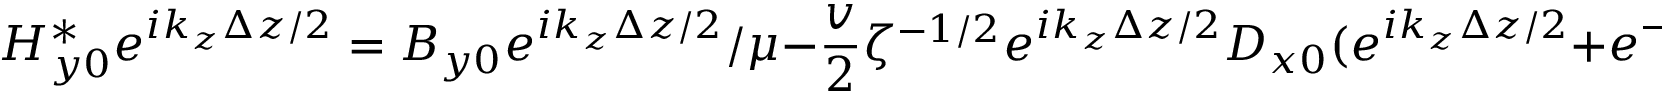
H _ { y 0 } ^ { * } e ^ { i k _ { z } \Delta z / 2 } = B _ { y 0 } e ^ { i k _ { z } \Delta z / 2 } / \mu - \frac { v } { 2 } \zeta ^ { - 1 / 2 } e ^ { i k _ { z } \Delta z / 2 } D _ { x 0 } ( e ^ { i k _ { z } \Delta z / 2 } + e ^ { - i k _ { z } \Delta z / 2 } ) ,